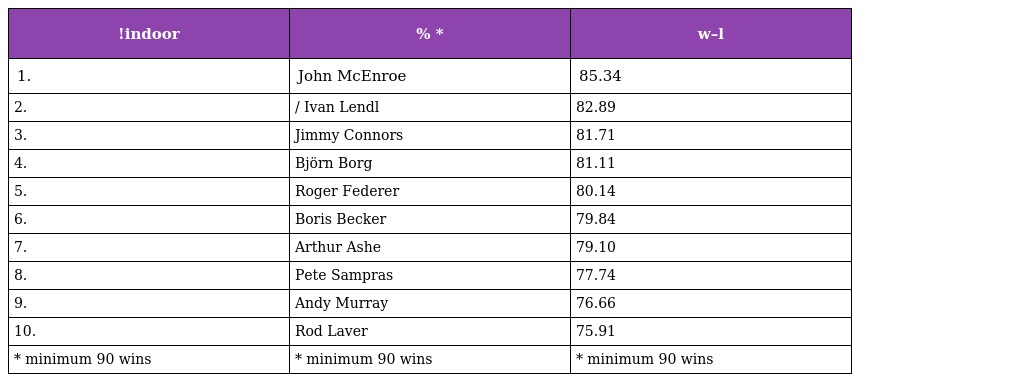
| !indoor | % * | w–l |
 | --- | --- | --- |
 | 1. | John McEnroe | 85.34 |
 | 2. | / Ivan Lendl | 82.89 |
 | 3. | Jimmy Connors | 81.71 |
 | 4. | Björn Borg | 81.11 |
 | 5. | Roger Federer | 80.14 |
 | 6. | Boris Becker | 79.84 |
 | 7. | Arthur Ashe | 79.10 |
 | 8. | Pete Sampras | 77.74 |
 | 9. | Andy Murray | 76.66 |
 | 10. | Rod Laver | 75.91 |
 | * minimum 90 wins | * minimum 90 wins | * minimum 90 wins |